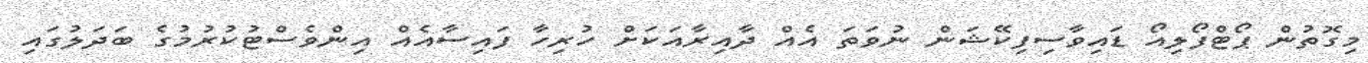
މިގޮތުން ޕޯޓްފޯލިއޯ ޑައިވާސިފިކޭޝަން ނުވަތަ އެއް ދާއިރާއަކަށް ހުރިހާ ފައިސާއެއް އިންވެސްޓުކުރުމުގެ ބަދަލުގައި